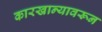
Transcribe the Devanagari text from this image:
कारखान्यावरून